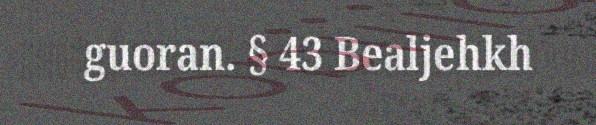
guoran. § 43 Bealjehkh